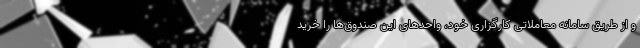
و از طریق سامانه معاملاتی کارگزاری خود، واحدهای این صندوق‌ها را خرید